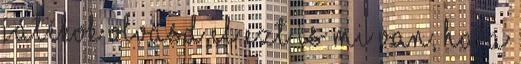
játékok OLVASD EL EZT IS Mi van, ha a